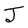
Character: J